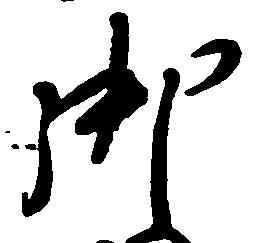
御